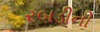
રબડીની